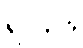
ရလာဒ်